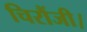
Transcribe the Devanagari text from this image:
चिरौंजी।